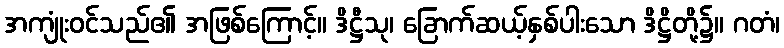
အကျုံးဝင်သည်၏ အဖြစ်ကြောင့်။ ဒိဋ္ဌီသု၊ ခြောက်ဆယ့်နှစ်ပါးသော ဒိဋ္ဌိတို့၌။ ဂတံ၊